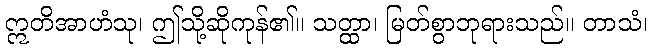
ဣတိအာဟံသု၊ ဤသို့ဆိုကုန်၏။ သတ္ထာ၊ မြတ်စွာဘုရားသည်။ တာသံ၊